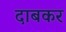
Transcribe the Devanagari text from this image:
दाबकर